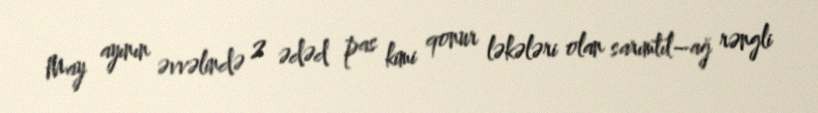
May ayının əvvəlində 2 ədəd pas kimi qonur ləkələri olan sarımtıl–ağ rəngli